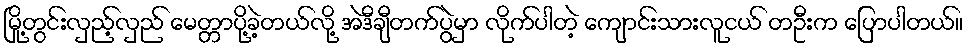
မြို့တွင်းလှည့်လှည် မေတ္တာပို့ခဲ့တယ်လို့ အဲဒီချီတက်ပွဲမှာ လိုက်ပါတဲ့ ကျောင်းသားလူငယ် တဦးက ပြောပါတယ်။